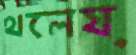
থলেয়